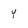
Character: 4